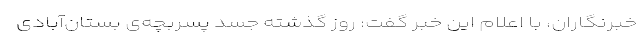
خبرنگاران، با اعلام این خبر گفت: روز گذشته جسد پسربچه‌ی بستان‌آبادی